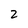
Character: 2